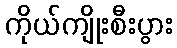
ကိုယ်ကျိုးစီးပွား